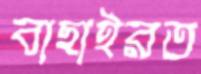
বাছাইরত